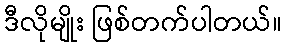
ဒီလိုမျိုး ဖြစ်တက်ပါတယ်။